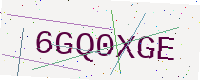
Text: 6GQ0XGE